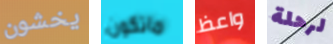
يخشون ماتكون واعظ لرحلة